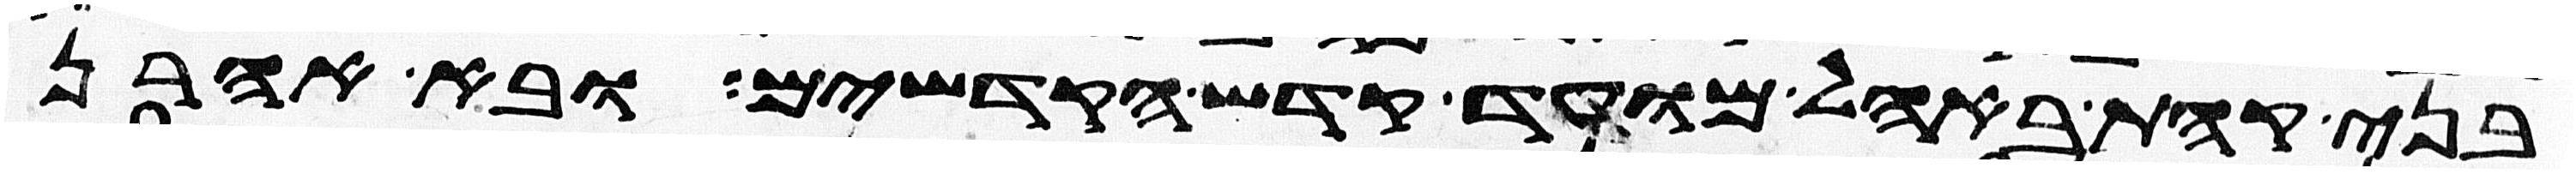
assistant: בני קהת באהל מועד קדש הקדשים ובא אהרן